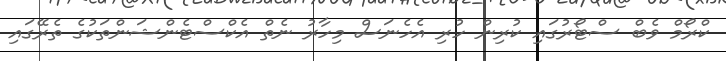
ކްރޯމް ވެބް ސްޓޯރުގައި ކުރިން ހުރި އެހެނަސް މިހާރު ނެތް އެކްސްޓެންޝަންތަކުގެ ތެރޭގައި